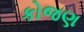
કોજણ